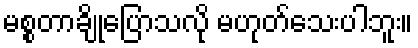
မစ္စတာချိုပြောသလို မဟုတ်သေးပါဘူး။